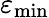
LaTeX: \varepsilon_{\mathrm{{min}}}